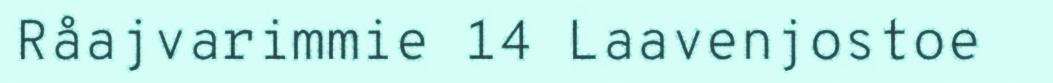
Råajvarimmie 14 Laavenjostoe